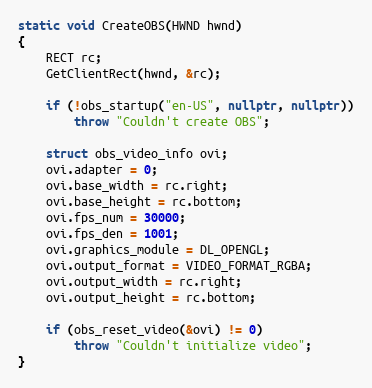
Language: C++
static void CreateOBS(HWND hwnd)
{
	RECT rc;
	GetClientRect(hwnd, &rc);

	if (!obs_startup("en-US", nullptr, nullptr))
		throw "Couldn't create OBS";

	struct obs_video_info ovi;
	ovi.adapter = 0;
	ovi.base_width = rc.right;
	ovi.base_height = rc.bottom;
	ovi.fps_num = 30000;
	ovi.fps_den = 1001;
	ovi.graphics_module = DL_OPENGL;
	ovi.output_format = VIDEO_FORMAT_RGBA;
	ovi.output_width = rc.right;
	ovi.output_height = rc.bottom;

	if (obs_reset_video(&ovi) != 0)
		throw "Couldn't initialize video";
}